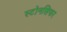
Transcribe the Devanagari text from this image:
स्टोनसिफर